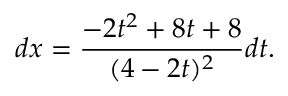
d x = { \frac { - 2 t ^ { 2 } + 8 t + 8 } { ( 4 - 2 t ) ^ { 2 } } } d t .